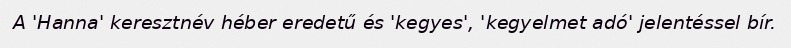
A 'Hanna' keresztnév héber eredetű és 'kegyes', 'kegyelmet adó' jelentéssel bír.